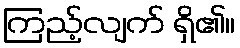
ကြည့်လျက် ရှိ၏။